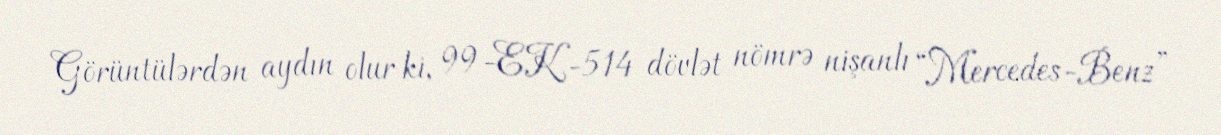
Görüntülərdən aydın olur ki, 99-EK-514 dövlət nömrə nişanlı “Mercedes-Benz”